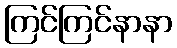
ကြင်ကြင်နာနာ